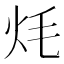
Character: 𭴎